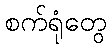
စက်ရုံတွေ